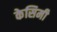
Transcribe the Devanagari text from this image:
केसिमी